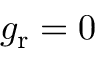
g _ { \mathrm { r } } = 0